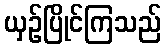
ယှဉ်ပြိုင်ကြသည်